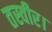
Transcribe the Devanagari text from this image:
तस्वीर।